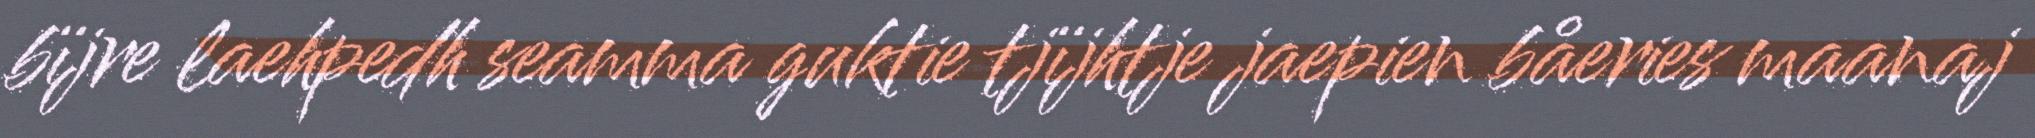
bïjre laehpedh seamma guktie tjïjhtje jaepien båeries maanaj